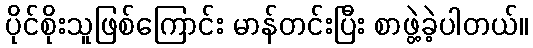
ပိုင်စိုးသူဖြစ်ကြောင်း မာန်တင်းပြီး စာဖွဲ့ခဲ့ပါတယ်။